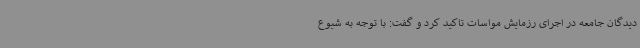
دیدگان جامعه در اجرای رزمایش مواسات تاکید کرد و گفت: با توجه به شیوع